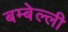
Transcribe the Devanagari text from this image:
बम्बेल्ली